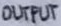
Text: OUTPUT